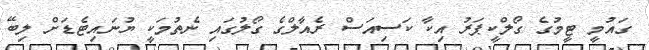
ގައުމީ ޓީމުގެ ގޯލްކީޕަރު އިކާ ކަސިއަސް ރެއާލްގެ ގޯލުގައި ނެތުމަކީ ޔުނައިޓެޑަށް ލިބޭ